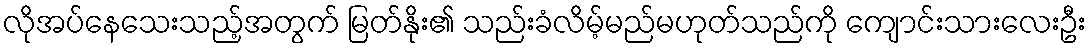
လိုအပ်နေသေးသည့်အတွက် မြတ်နိုး၏ သည်းခံလိမ့်မည်မဟုတ်သည်ကို ကျောင်းသားလေးဦး